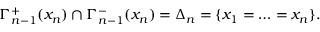
\Gamma _ { n - 1 } ^ { + } ( x _ { n } ) \cap \Gamma _ { n - 1 } ^ { - } ( x _ { n } ) = \Delta _ { n } = \{ x _ { 1 } = \ldots = x _ { n } \} .